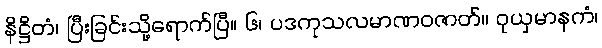
နိဋ္ဌိတံ၊ ပြီးခြင်းသို့ရောက်ပြီ။ ၆၊ ပဒကုသလမာဏဝဇာတ်။ ဝုယှမာနကံ၊